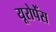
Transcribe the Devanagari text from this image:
यूरोपेँस